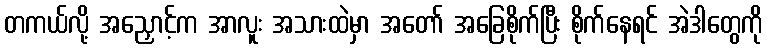
တကယ်လို့ အညှောင့်က အာလူး အသားထဲမှာ အတော် အခြေစိုက်ပြီး စိုက်နေရင် အဲဒါတွေကို